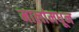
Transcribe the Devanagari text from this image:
मालांमधून